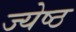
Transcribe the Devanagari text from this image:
ज्‍येष्‍ठ